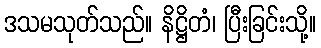
ဒသမသုတ်သည်။ နိဋ္ဌိတံ၊ ပြီးခြင်းသို့။